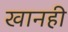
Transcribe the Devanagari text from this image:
खानही